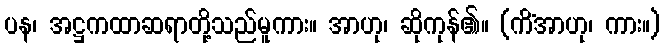
ပန၊ အဋ္ဌကထာဆရာတို့သည်မူကား။ အာဟု၊ ဆိုကုန်၏။ (ကိံအာဟု၊ ကား။)